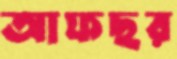
আফছর